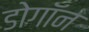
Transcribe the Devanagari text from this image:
डोगॉन